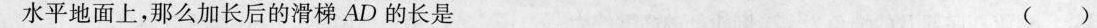
水平地面上，那么加长后的滑梯AD的长是 ( )